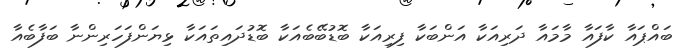
ބައްޕައާ ކާފައާ މާމައާ ދަރިއަކާ އަންބަކާ ފިރިއަކާ ބޮޑުބޭބެއަކާ ބޮޑުދައިތައަކާ ޅިޔަންފަހަރިންނާ ބަފާބެއާ